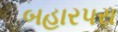
બહારપરા